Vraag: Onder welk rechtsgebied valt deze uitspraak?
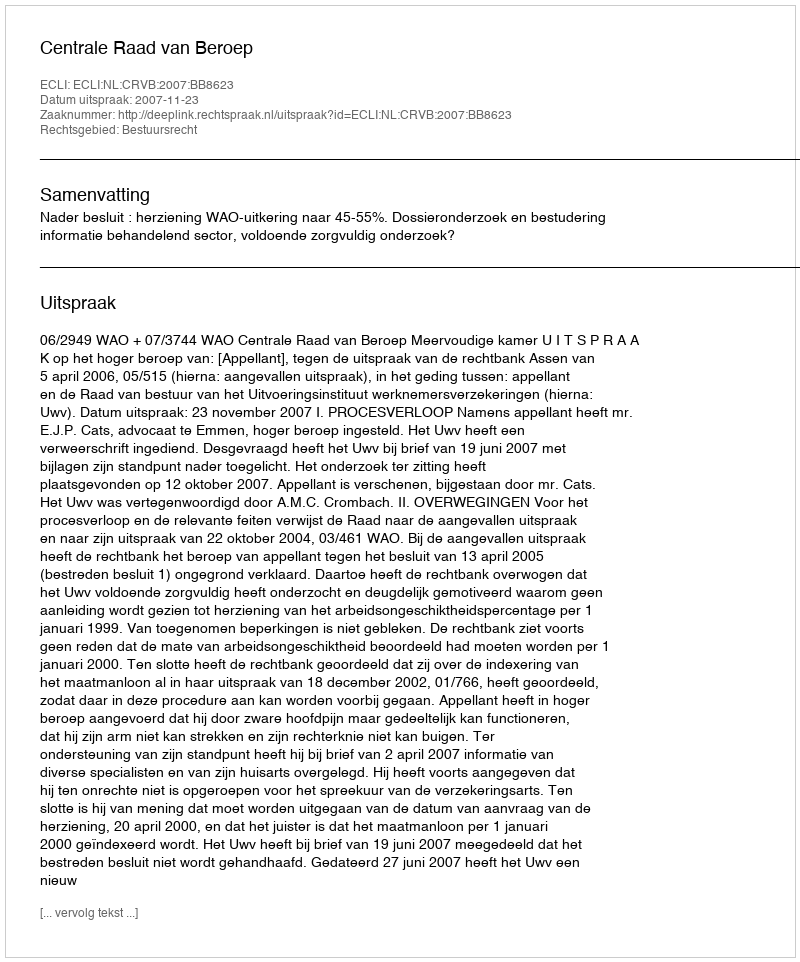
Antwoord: Bestuursrecht